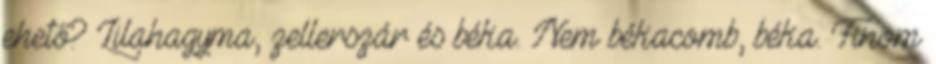
ehető? Lilahagyma, zellerszár és béka. Nem békacomb, béka. Finom